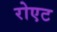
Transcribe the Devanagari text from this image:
रोएट